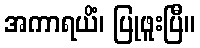
အကာရယိံ၊ ပြုဖူးပြီ။